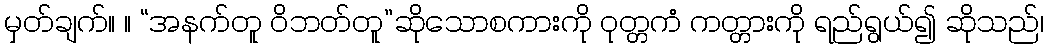
မှတ်ချက်။ ။ “အနက်တူ ဝိဘတ်တူ”ဆိုသောစကားကို ဝုတ္တကံ ကတ္တားကို ရည်ရွယ်၍ ဆိုသည်၊